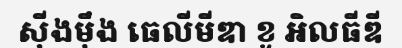
ស៊ីងម៉ឹង ធេលីមីឌា ខូ អិលធីឌី